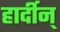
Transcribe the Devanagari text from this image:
हार्दीन्